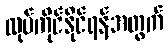
လုပ်ကိုင်နိုင်ရန်အတွက်